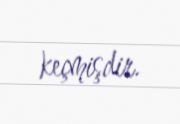
keçmişdir.